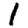
Digit: 1